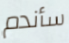
سأندم